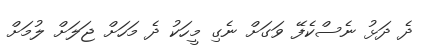
ދެ ދަޅު ނެސްކެފޭ ވަގަށް ނެގި މީހަކު ދެ މަހަށް ޖަލަށް ލުމަށް